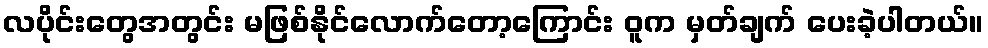
လပိုင်းတွေအတွင်း မဖြစ်နိုင်လောက်တော့ကြောင်း ဝူက မှတ်ချက် ပေးခဲ့ပါတယ်။